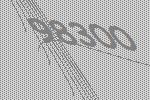
98300